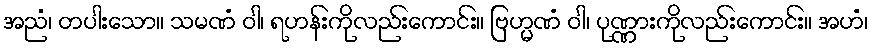
အညံ၊ တပါးသော။ သမဏံ ဝါ၊ ရဟန်းကိုလည်းကောင်း။ ဗြဟ္မဏံ ဝါ၊ ပုဏ္ဏားကိုလည်းကောင်း။ အဟံ၊